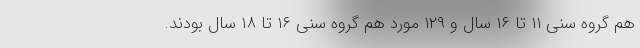
هم گروه سنی ۱۱ تا ۱۶ سال و ۱۲۹ مورد هم گروه سنی ۱۶ تا ۱۸ سال بودند.